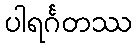
ပါရင်္ဂတဿ